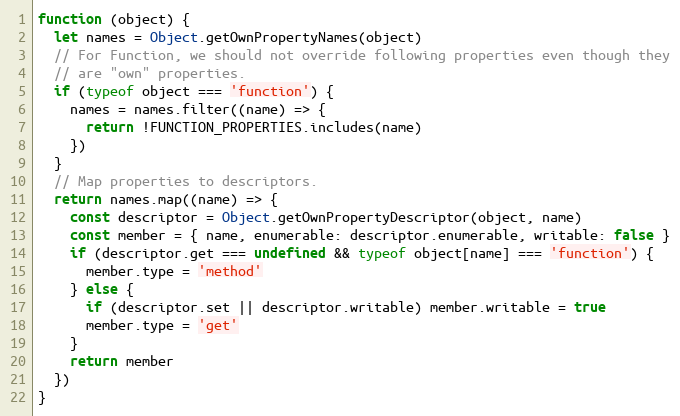
Language: JavaScript
function (object) {
  let names = Object.getOwnPropertyNames(object)
  // For Function, we should not override following properties even though they
  // are "own" properties.
  if (typeof object === 'function') {
    names = names.filter((name) => {
      return !FUNCTION_PROPERTIES.includes(name)
    })
  }
  // Map properties to descriptors.
  return names.map((name) => {
    const descriptor = Object.getOwnPropertyDescriptor(object, name)
    const member = { name, enumerable: descriptor.enumerable, writable: false }
    if (descriptor.get === undefined && typeof object[name] === 'function') {
      member.type = 'method'
    } else {
      if (descriptor.set || descriptor.writable) member.writable = true
      member.type = 'get'
    }
    return member
  })
}